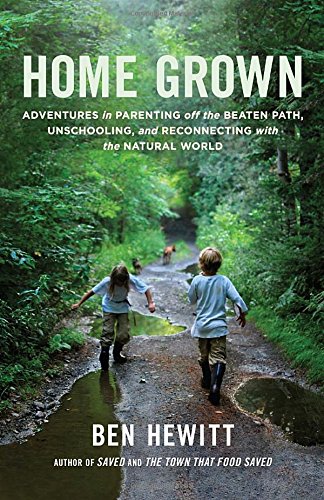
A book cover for Home Grown: Adventures in Parenting off the Beaten Path, Unschooling, and Reconnecting with the Natural World; Ben Hewitt; Crafts, Hobbies & Home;